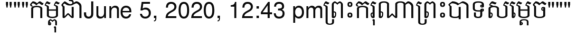
"""កម្ពុជាJune 5, 2020, 12:43 pmព្រះករុណាព្រះបាទសម្តេច"""